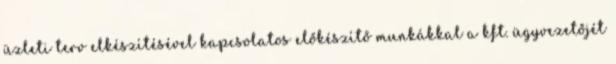
üzleti terv elkészítésével kapcsolatos előkészítő munkákkal a kft. ügyvezetőjét